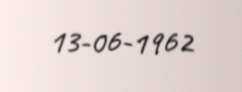
13-06-1962